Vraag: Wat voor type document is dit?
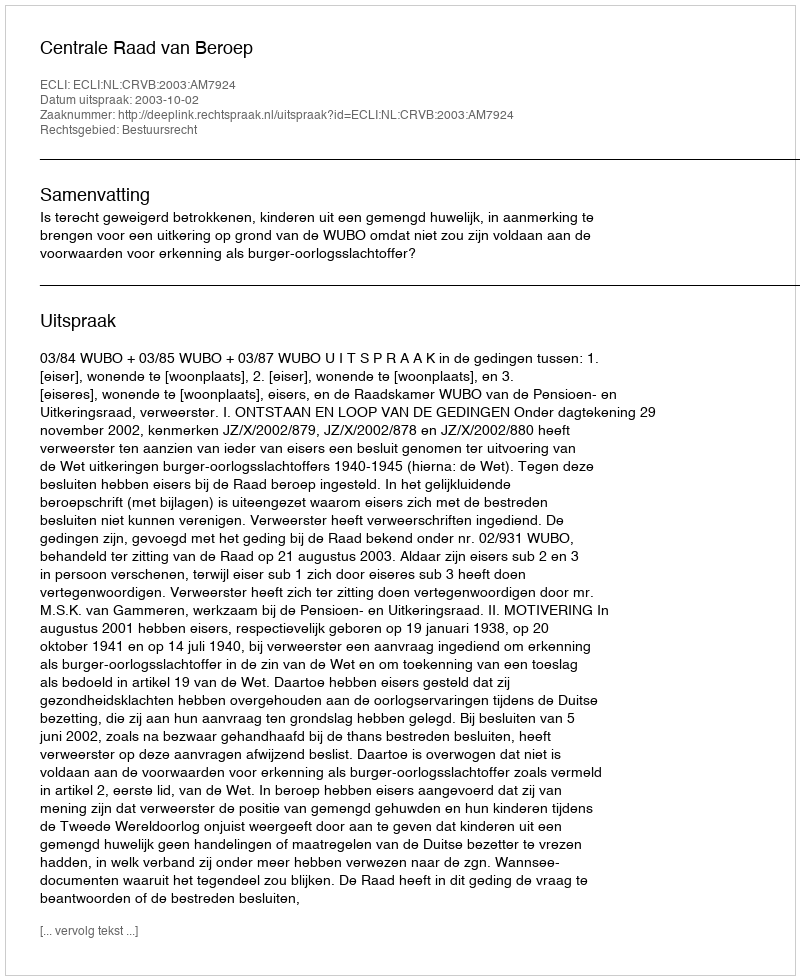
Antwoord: Uitspraak